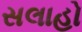
સલાહો